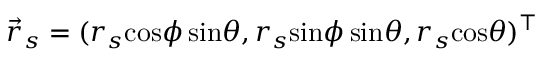
\vec { r } _ { s } = ( r _ { s } \mathrm { c o s } \phi \, \mathrm { s i n } \theta , r _ { s } \mathrm { s i n } \phi \, \mathrm { s i n } \theta , r _ { s } \mathrm { c o s } \theta ) ^ { \top }